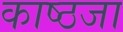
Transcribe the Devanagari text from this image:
काष्ठजा